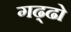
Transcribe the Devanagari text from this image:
गढ्ढो